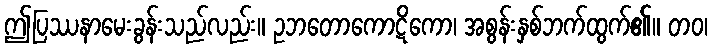
ဤပြဿနာမေးခွန်းသည်လည်း။ ဥဘတောကောဋိကော၊ အစွန်းနှစ်ဘက်ထွက်၏။ တဝ၊